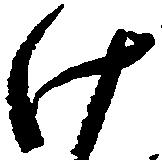
け